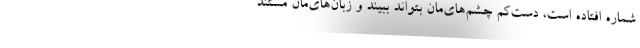
شماره افتاده است، دست‌کم چشم‌های‌مان بتواند ببیند و زبان‌های‌مان مستند